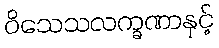
ဝိသေသလက္ခဏာနှင့်